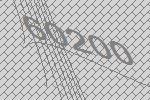
60200